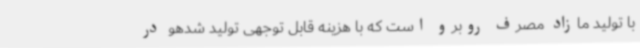
با تولید مازاد مصرف روبرو است که با هزینه قابل توجهی تولید شدهو در